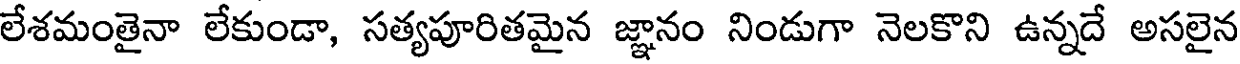
లేశమంతైనా లేకుండా, సత్యపూరితమైన జ్ఞానం నిండుగా నెలకొని ఉన్నదే అసలైన